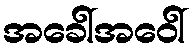
အခေါ်အဝေါ်